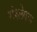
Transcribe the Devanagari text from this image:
संश्‍लेषण